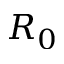
R _ { 0 }